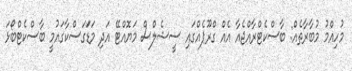
މުހިއްމު މުބާރާތެއް: ބާސްކެޓްރާއްޖެއާ އެއް ގްރޫޕެއްގައި ސީޝެލްސް މަޔޮއްޓޭ އަދި މަޑަަގަސްކާގައުމީ ބާސްކެޓްބޯޅަ